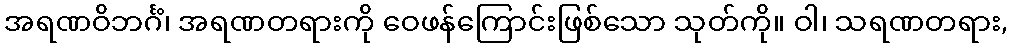
အရဏဝိဘင်္ဂံ၊ အရဏတရားကို ဝေဖန်ကြောင်းဖြစ်သော သုတ်ကို။ ဝါ၊ သရဏတရား,